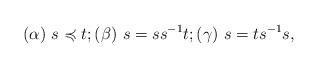
LaTeX: \begin{align*} (\alpha)~s\preccurlyeq t; (\beta)~s=ss^{-1}t; (\gamma)~s=ts^{-1}s,\end{align*}